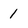
Character: 1